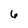
Character: 6